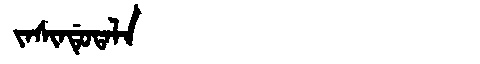
Manchu: ᠵᠠᠰᡳᠨᡩᡠᡨᠠᠯᠠ
Romanization: JASINDUTALA